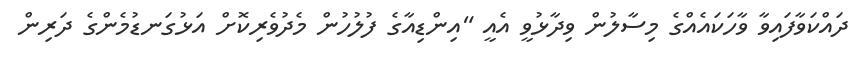
ދައްކަވާފައިވާ ވާހަކައެއްގެ މިސާލުން ވިދާޅުވީ އެއީ "އިންޑިއާގެ ފުލުހުން މެދުވެރިކޮށް އަޅުގަނޑުމެންގެ ދަރިން